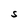
Character: S